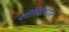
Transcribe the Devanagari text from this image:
पेरिसिल्वियन